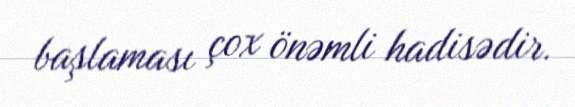
başlaması çox önəmli hadisədir.